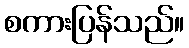
စကားပြန်သည်။